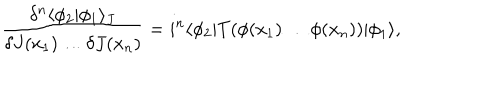
\frac { \delta ^ { n } \langle \phi _ { 2 } | \phi _ { 1 } \rangle _ { J } } { \delta J ( x _ { 1 } ) \ldots \delta J ( x _ { n } ) } = i ^ { n } \langle \phi _ { 2 } | T ( \phi ( x _ { 1 } ) \ldots \phi ( x _ { n } ) ) | \phi _ { 1 } \rangle ,